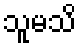
သူမသိ